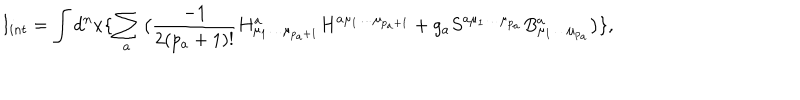
I _ { i n t } = \int d ^ { n } x \{ \sum _ { a } \big ( { \frac { - 1 } { 2 ( p _ { a } + 1 ) ! } } H _ { \mu _ { 1 } \ldots \mu _ { p _ { a } + 1 } } ^ { a } H ^ { a \mu _ { 1 } \ldots \mu _ { p _ { a } + 1 } } + g _ { a } S ^ { a \mu _ { 1 } \ldots \mu _ { p _ { a } } } B _ { \mu _ { 1 } \ldots \mu _ { p _ { a } } } ^ { a } \big ) \} ,